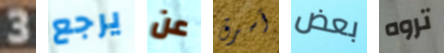
3 يرجع عن أسرق بعض تروه